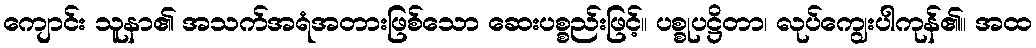
ကျောင်း သူနာ၏ အသက်အရံအတားဖြစ်သော ဆေးပစ္စည်းဖြင့်။ ပစ္စုပဋ္ဌိတာ၊ လုပ်ကျွေးပါကုန်၏။ အထ